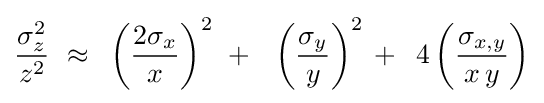
{{\sigma _{z}^{2}} \over {z^{2}}}\,\,\approx \,\,\,\left({{2\sigma _{x}} \over x}\right)^{2}\,\,+\,\,\,\,\left({{\sigma _{y}} \over y}\right)^{2}\,+\,\,\,4\left({{\sigma _{x,y}} \over {x\,y}}\right)